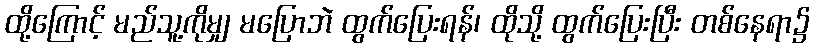
ထို့ကြောင့် မည်သူ့ကိုမျှ မပြောဘဲ ထွက်ပြေးရန်၊ ထိုသို့ ထွက်ပြေးပြီး တစ်နေရာ၌